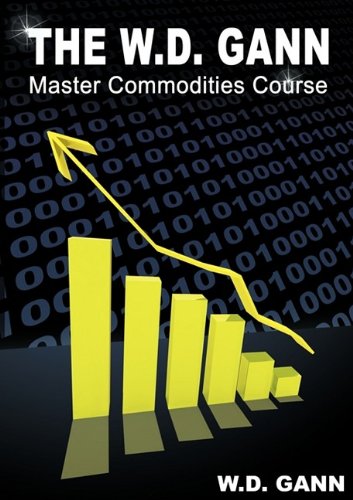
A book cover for The W. D. Gann Master Commodity Course: Original Commodity Market Trading Course; W. D. Gann; Business & Money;